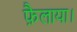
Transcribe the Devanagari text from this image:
फ़ैलाया।